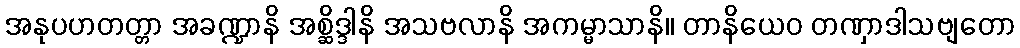
အနုပဟတတ္တာ အခဏ္ဍာနိ အစ္ဆိဒ္ဒါနိ အသဗလာနိ အကမ္မာသာနိ။ တာနိယေဝ တဏှာဒါသဗျတော